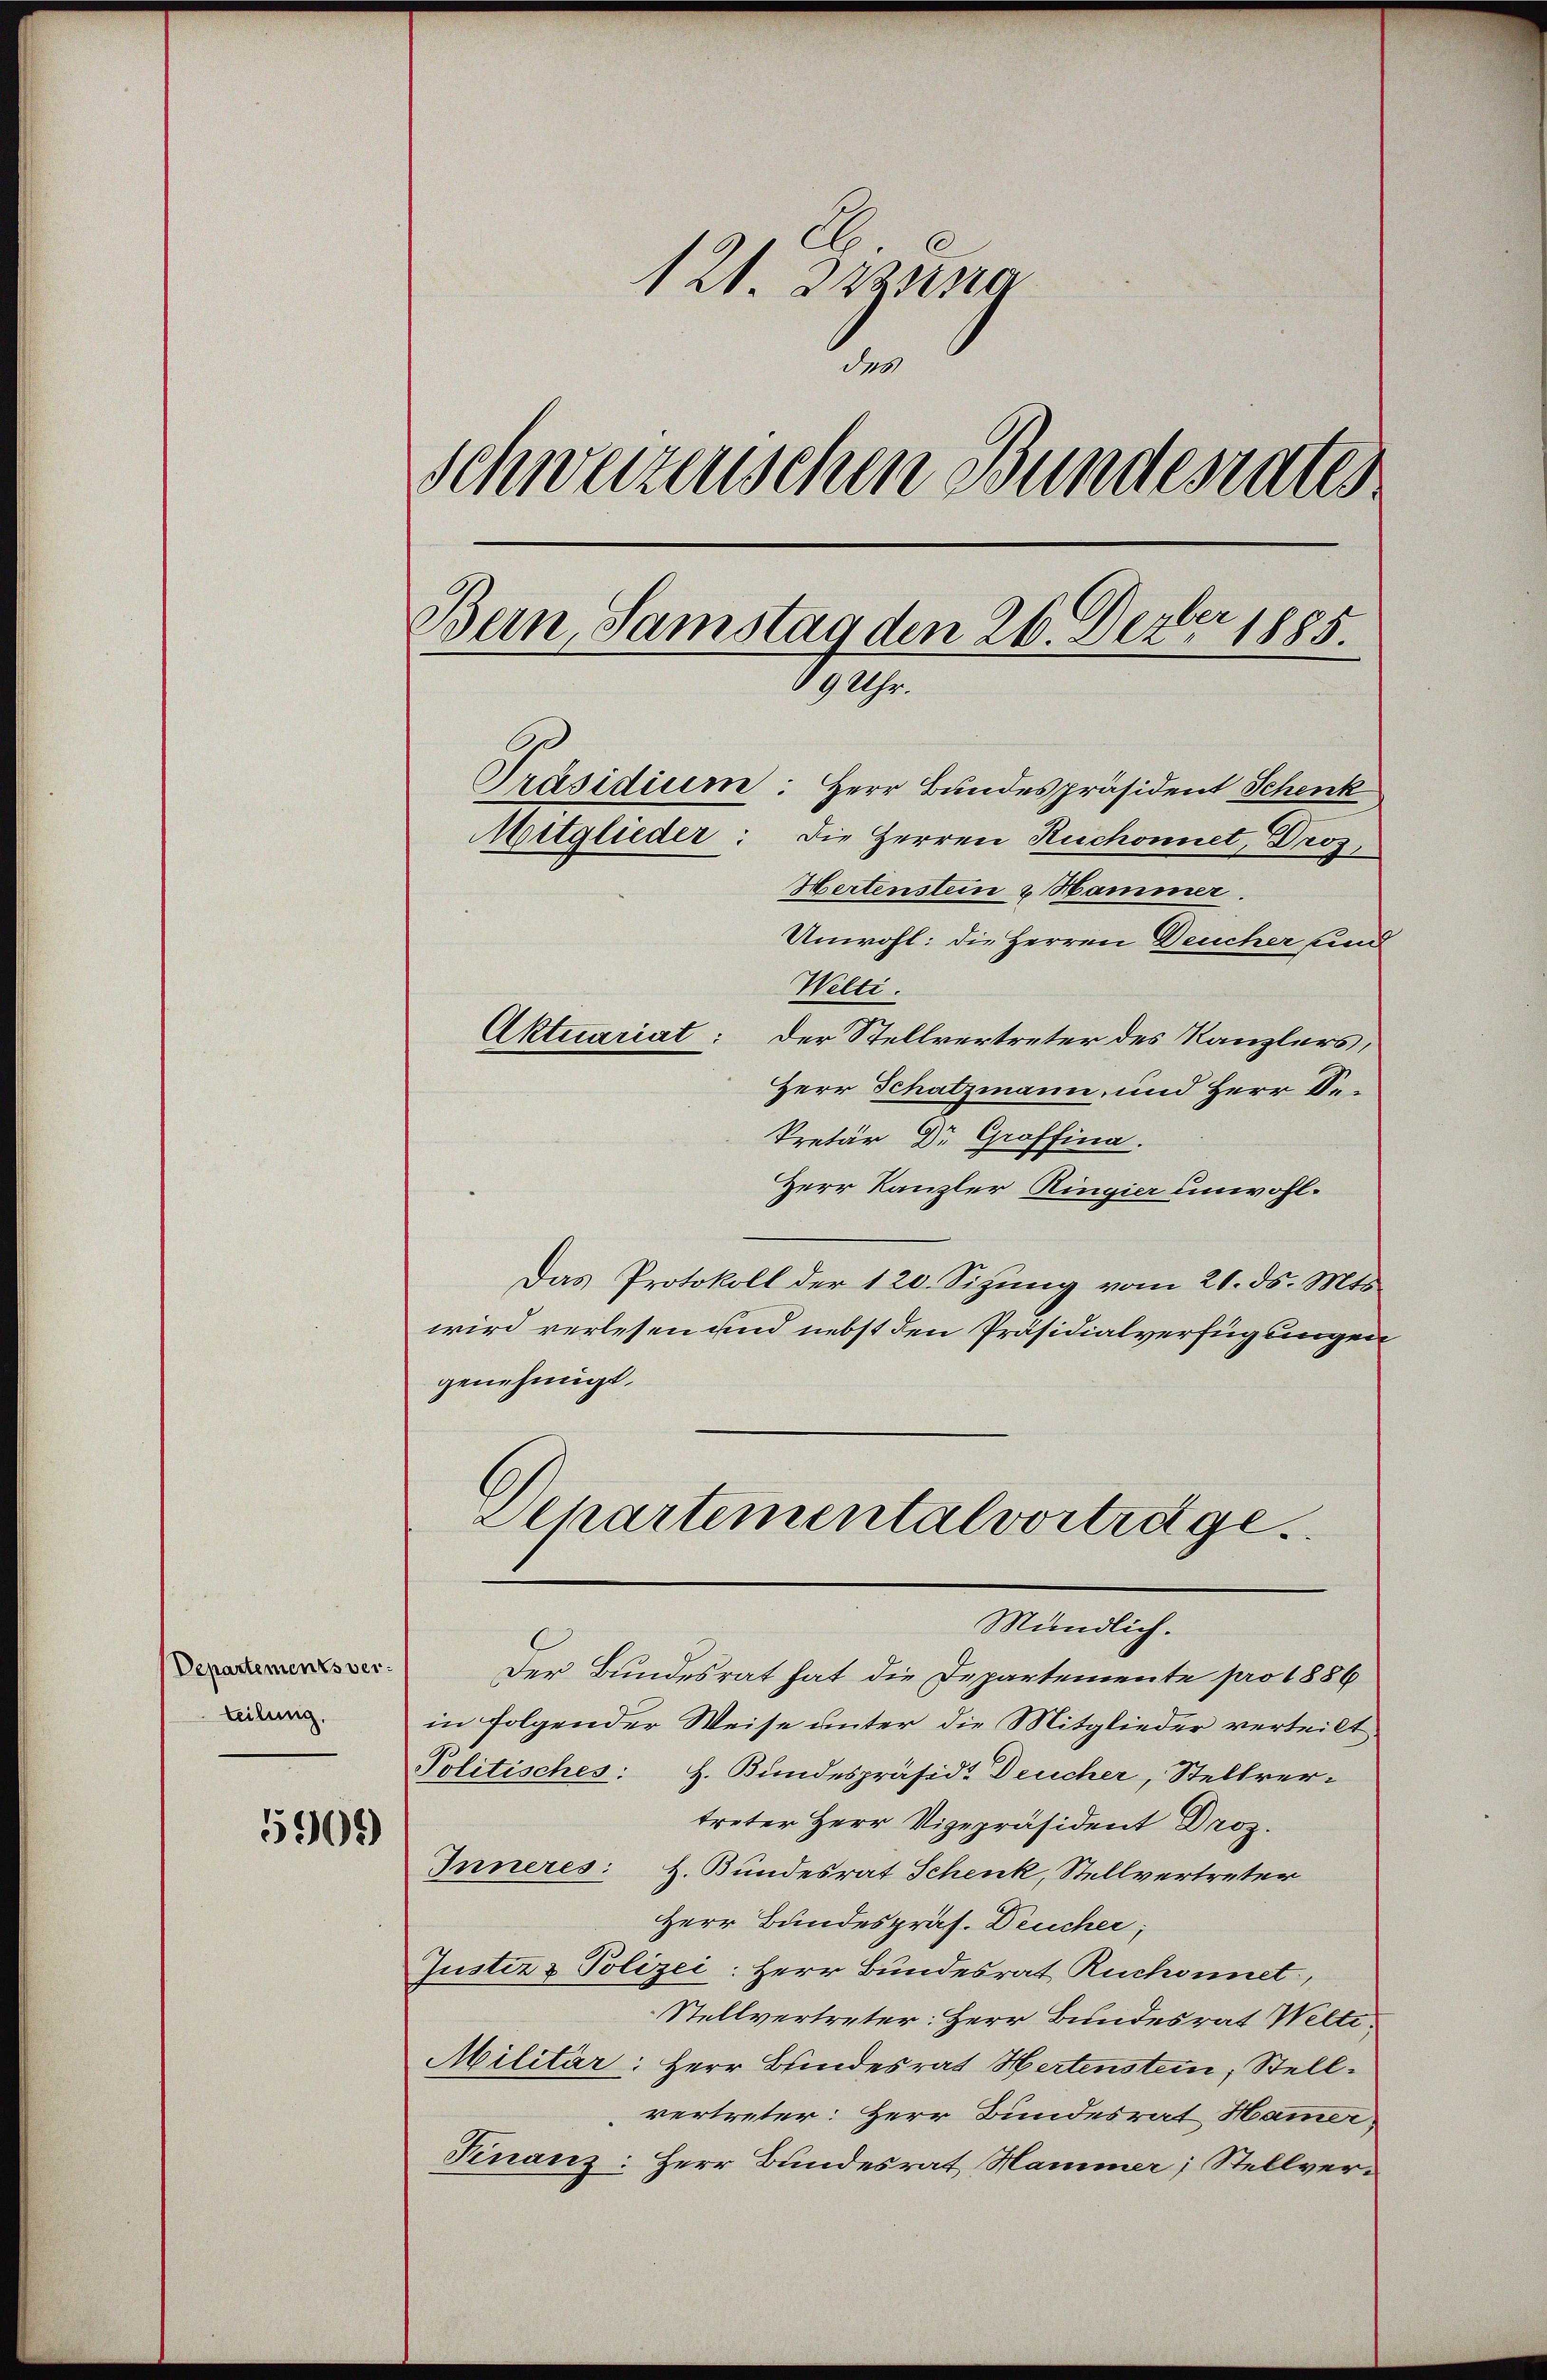
Departements verteilung.
5909)

121. 322
der
Schweizerischen Bundesrates
Bern, Samstag den 26. Dezber 1885.
89 Uhr.
Präsidium: Herr Bundespräsident Schenk
Mitglieder: die Herren Ruchonnet, Droz,
Hertenstein & Hammer.
Unwohl: die Herren Deucher und
Welti.
Aktuariat: Der Stellvertreter des Kanzlers,

Herr Schatzmann, und Herr De¬
Pretär Dr. Graffina.
Herr Kanzler Ringier unwohl.
Das Protokoll der 120. Sizung vom 21. ds. Mts.
wird verlesen und nebst den Präsidialverfügungen
genehmigt.
Departemental vorträge
Mündlich.
Der Bundesrat hat die Departemente pro 1886
in folgender Weise unter die Mitglieder verteilt
Politisches: H. Bundespräsid. Deucher, Stellvertreter Herr Vizepräsident Droz.
Inneres: H. Bundesrat Schenk, Stellvertreter
Herr Bundespräs. Deucher;
Justiz & Polizei: Herr Bundesrat Ruchonnet,
Stellvertreter: Herr Bundesrat Welti
Militär: Herr Bundesrat Hertenstein, Stellvertreter: Herr Bundesrat Hamer
Finanz: Herr Bundesrat Hammer, Stellver¬